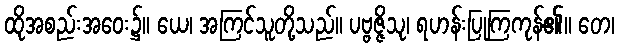
ထိုအစည်းအဝေး၌။ ယေ၊ အကြင်သူတို့သည်။ ပဗ္ဗဇ္ဇိသု၊ ရဟန်းပြုကြကုန်၏။ တေ၊